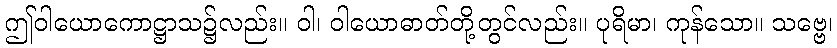
ဤဝါယောကောဋ္ဌာသ၌လည်း။ ဝါ၊ ဝါယောဓာတ်တို့တွင်လည်း။ ပုရိမာ၊ ကုန်သော။ သဗ္ဗေ၊